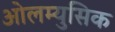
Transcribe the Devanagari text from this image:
ओलम्युसिक